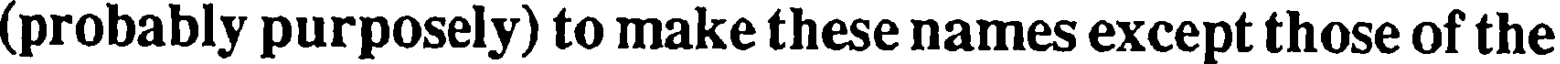
(probably purposely) to make these names except those of the